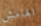
الهامش